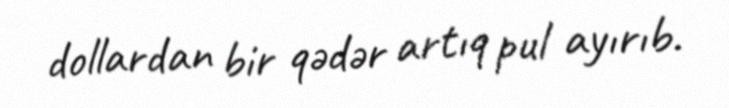
dollardan bir qədər artıq pul ayırıb.